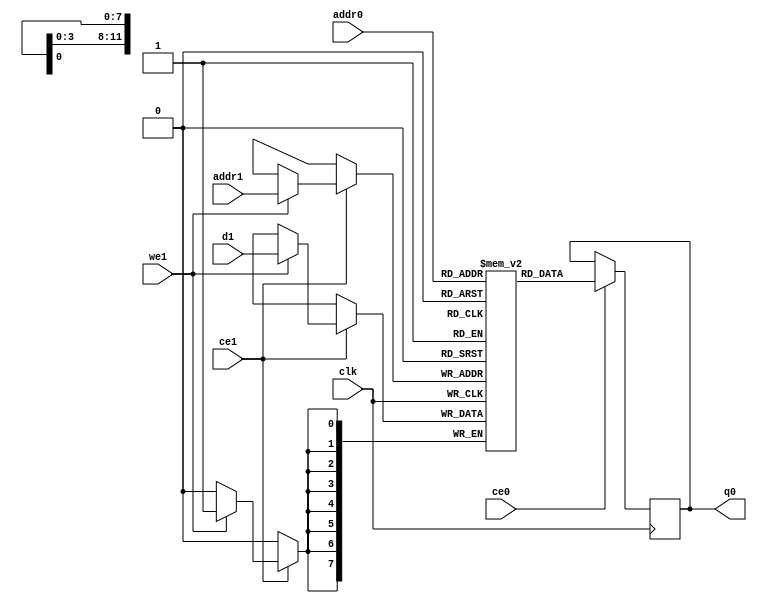
// ==============================================================
// Vitis HLS - High-Level Synthesis from C, C++ and OpenCL v2020.2 (64-bit)
// Copyright 1986-2020 Xilinx, Inc. All Rights Reserved.
// ==============================================================
`timescale 1 ns / 1 ps
module ConvolutionInputGenerator_1_ConvolutionInputGenerator_3u_64u_2u_130u_128u_4u_1u_ap_resource_lutram_s_inpubkb_ram (addr0, ce0, q0, addr1, ce1, d1, we1,  clk);

parameter DWIDTH = 8;
parameter AWIDTH = 12;
parameter MEM_SIZE = 2080;

input[AWIDTH-1:0] addr0;
input ce0;
output reg[DWIDTH-1:0] q0;
input[AWIDTH-1:0] addr1;
input ce1;
input[DWIDTH-1:0] d1;
input we1;
input clk;

(* ram_style = "distributed" *)reg [DWIDTH-1:0] ram[0:MEM_SIZE-1];




always @(posedge clk)  
begin 
    if (ce0) begin
        q0 <= ram[addr0];
    end
end


always @(posedge clk)  
begin 
    if (ce1) begin
        if (we1) 
            ram[addr1] <= d1; 
    end
end


endmodule

`timescale 1 ns / 1 ps
module ConvolutionInputGenerator_1_ConvolutionInputGenerator_3u_64u_2u_130u_128u_4u_1u_ap_resource_lutram_s_inpubkb(
    reset,
    clk,
    address0,
    ce0,
    q0,
    address1,
    ce1,
    we1,
    d1);

parameter DataWidth = 32'd8;
parameter AddressRange = 32'd2080;
parameter AddressWidth = 32'd12;
input reset;
input clk;
input[AddressWidth - 1:0] address0;
input ce0;
output[DataWidth - 1:0] q0;
input[AddressWidth - 1:0] address1;
input ce1;
input we1;
input[DataWidth - 1:0] d1;



ConvolutionInputGenerator_1_ConvolutionInputGenerator_3u_64u_2u_130u_128u_4u_1u_ap_resource_lutram_s_inpubkb_ram ConvolutionInputGenerator_1_ConvolutionInputGenerator_3u_64u_2u_130u_128u_4u_1u_ap_resource_lutram_s_inpubkb_ram_U(
    .clk( clk ),
    .addr0( address0 ),
    .ce0( ce0 ),
    .q0( q0 ),
    .addr1( address1 ),
    .ce1( ce1 ),
    .we1( we1 ),
    .d1( d1 ));

endmodule